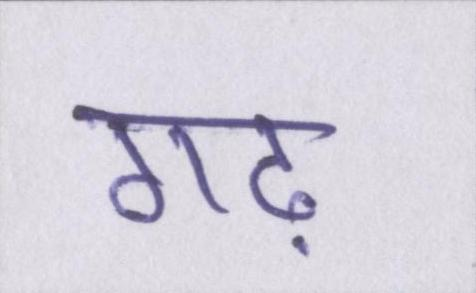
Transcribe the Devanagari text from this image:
गढ़